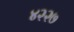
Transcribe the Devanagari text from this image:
४२२७